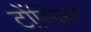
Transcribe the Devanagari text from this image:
टोंसिलर